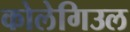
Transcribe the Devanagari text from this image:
कोलेगिउल